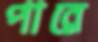
পারে